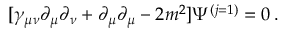
[ \gamma _ { \mu \nu } \partial _ { \mu } \partial _ { \nu } + \partial _ { \mu } \partial _ { \mu } - 2 m ^ { 2 } ] \Psi ^ { ( j = 1 ) } = 0 \, .